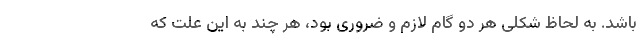
باشد. به لحاظ شکلی هر دو گام لازم و ضروری بود، هر چند به این علت که